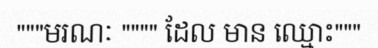
"""មរណៈ """" ដែល មាន ឈ្មោះ"""